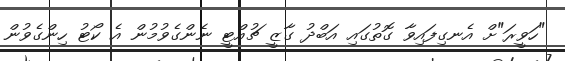
"ހަވީރަ"ށް އެނގިފައިވާ ގޮތުގައި އަބްދު ގާޒީ ޗުއްޓީ ނެންގެވުމުން އެ ކޯޓު ހިންގެވުން